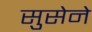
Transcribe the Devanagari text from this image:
सुसेने